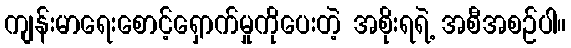
ကျန်းမာရေးစောင့်ရှောက်မှုကိုပေးတဲ့ အစိုးရရဲ့ အစီအစဉ်ပါ။